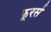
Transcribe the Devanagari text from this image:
फूरर्स